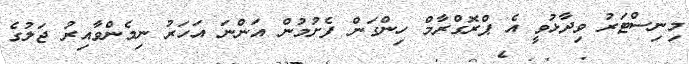
މިނިސްޓަރު ވިދާޅުވީ އެ ޕްރޮގްރާމް ހިންގަން ފެށުމުން އަންނަ އަހަރު ނިމެންވާއިރު ޖަލުގެ